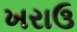
ખરાઉ